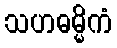
သဟဓမ္မိကံ